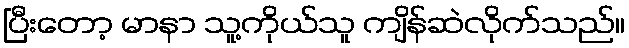
ပြီးတော့ မာနာ သူ့ကိုယ်သူ ကျိန်ဆဲလိုက်သည်။